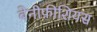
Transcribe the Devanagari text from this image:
बेनीफ़ीशियस